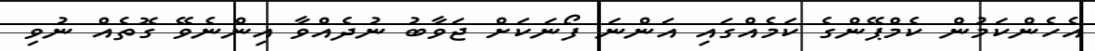
އެހެންކަމުން ކެމްޕޭންގެ ކަމެއްގައި އަންނަ ފޯނަކަށް ޖަވާބު ނުދެއްވާ އިންނެވޭ ގޮތެއް ނުވި